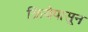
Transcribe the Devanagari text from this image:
क्रियेपासून